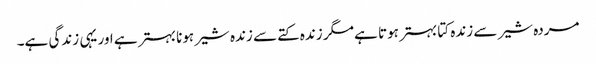
مردہ شیر سے زندہ کتا بہتر ہوتا ہے مگر زندہ کتے سے زندہ شیر ہونا بہتر ہے اور یہی زندگی ہے۔